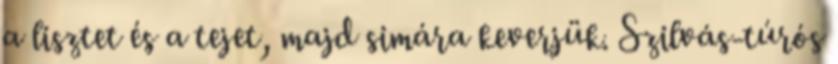
a lisztet és a tejet, majd simára keverjük. Szilvás-túrós